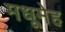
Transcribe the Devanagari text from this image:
मधूमेह